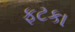
ફટકા